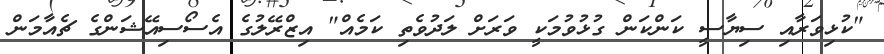
"ކުޅިވަރާއި ސިޔާސީ ކަންކަން ގުޅުވުމަކީ ވަރަށް ލަދުވެތި ކަމެއް" އިޒްރޭލުގެ އެސޯސިއޭޝަންގެ ޗެއާމަން